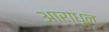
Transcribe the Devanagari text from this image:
आराधून